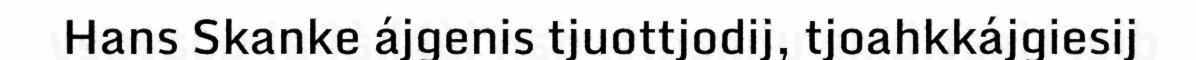
Hans Skanke ájgenis tjuottjodij, tjoahkkájgiesij